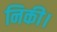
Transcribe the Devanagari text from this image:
निकी।